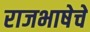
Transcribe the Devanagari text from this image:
राजभाषेचे